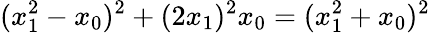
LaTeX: (x_{1}^{2}-x_{0})^{2}+(2x_{1})^{2}x_{0}=(x_{1}^{2}+x_{0})^{2}